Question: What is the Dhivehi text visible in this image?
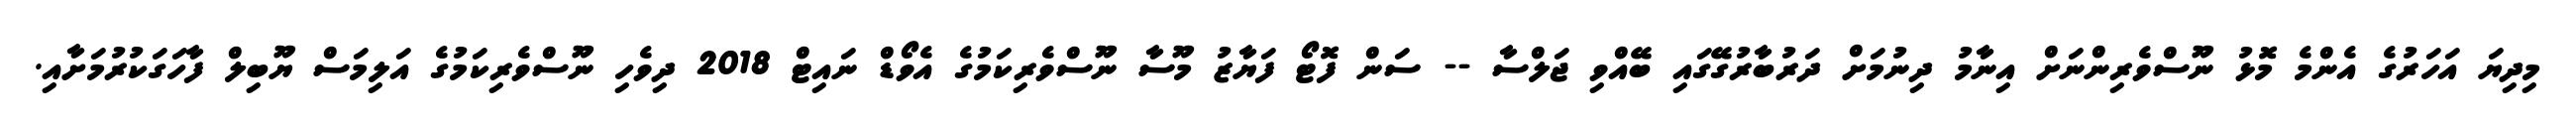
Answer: މިދިޔަ އަހަރުގެ އެންމެ މޮޅު ނޫސްވެރިންނަށް އިނާމު ދިނުމަށް ދަރުބާރުގޭގައި ބޭއްވި ޖަލްސާ -- ސަން ފޮޓޯ ފަޔާޒު މޫސާ ނޫސްވެރިކަމުގެ އެވޯޑް ނައިޓް 2018 ދިވެހި ނޫސްވެރިކަމުގެ އަލިމަސް ޔޫބިލް ފާހަގަކުރުމަށާއި.